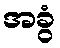
အခွံ